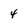
Character: 4